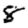
Digit: 8